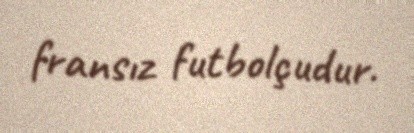
fransız futbolçudur.